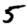
Digit: 5